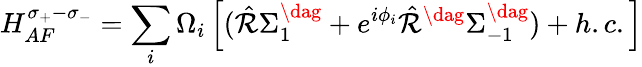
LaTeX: H_{AF}^{\sigma_{+}-\sigma_{-}}=\sum_{i}\Omega_{i}\left[(\hat{\mathcal{R}}\Sigma_{1}^{\dag}+e^{i\phi_{i}}\hat{\mathcal{R}}^{\dag}\Sigma_{-1}^{\dag})+h.c.\right]